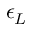
\epsilon _ { L }